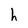
Character: h